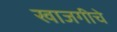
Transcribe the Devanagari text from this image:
खाजगीचे